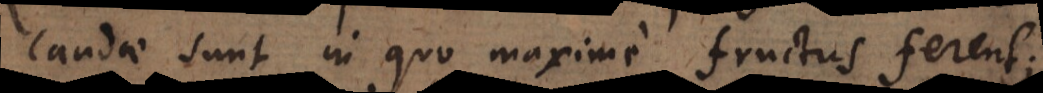
candae sunt in quo maxime fructus ferent;